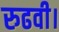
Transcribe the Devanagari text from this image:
रुढवी।